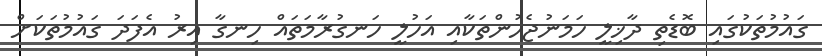
ގައުމުތަކުގައި ބޮޑެތި ދާޚިލީ ހަމަނުޖެހުންތަކާއި އަހުލީ ހަނގުރާމަތައް ހިނގާ އިރު އެފަދަ ގައުމުތަކަށް